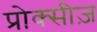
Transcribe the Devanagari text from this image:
प्रोक्सीज़